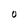
Character: O